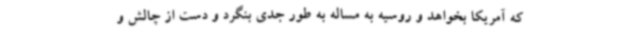
که آمریکا بخواهد و روسیه به مساله به طور جدی بنگرد و دست از چالش و